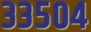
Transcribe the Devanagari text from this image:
३३५०४